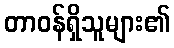
တာဝန်ရှိသူများ၏